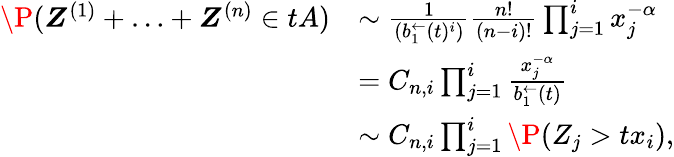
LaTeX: \begin{array}{rl}{\P(\boldsymbol Z^{(1)}+\ldots+\boldsymbol Z^{(n)}\in tA)}&{\sim\frac{1}{(b_{1}^{\leftarrow}(t)^{i})}\frac{n!}{(n-i)!}\prod_{j=1}^{i}x_{j}^{-\alpha}}\\ &{=C_{n,i}\prod_{j=1}^{i}\frac{x_{j}^{-\alpha}}{b_{1}^{\leftarrow}(t)}}\\ &{\sim C_{n,i}\prod_{j=1}^{i}\P(Z_{j}>tx_{i}),}\end{array}